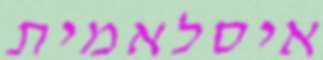
איסלאמית